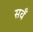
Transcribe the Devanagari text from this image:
सवँ